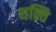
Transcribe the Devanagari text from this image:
शक़्ति